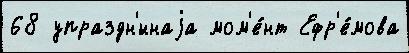
68 упраздн'́ннаjа мом'е́нт Ефр'е́мова